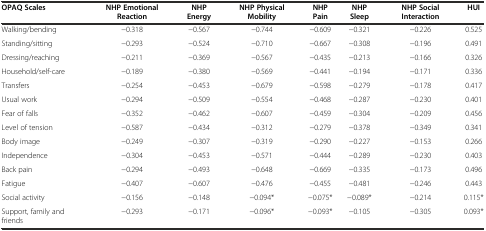
<table><thead><tr><td><b>OPAQ Scales</b></td><td><b>NHP Emotional Reaction</b></td><td><b>NHP Energy</b></td><td><b>NHP Physical Mobility</b></td><td><b>NHP Pain</b></td><td><b>NHP Sleep</b></td><td><b>NHP Social Interaction</b></td><td><b>HUI</b></td></tr></thead><tbody><tr><td>Walking/bending</td><td>−0.318</td><td>−0.567</td><td>−0.744</td><td>−0.609</td><td>−0.321</td><td>−0.226</td><td>0.525</td></tr><tr><td>Standing/sitting</td><td>−0.293</td><td>−0.524</td><td>−0.710</td><td>−0.667</td><td>−0.308</td><td>−0.196</td><td>0.491</td></tr><tr><td>Dressing/reaching</td><td>−0.211</td><td>−0.369</td><td>−0.567</td><td>−0.435</td><td>−0.213</td><td>−0.166</td><td>0.326</td></tr><tr><td>Household/self-care</td><td>−0.189</td><td>−0.380</td><td>−0.569</td><td>−0.441</td><td>−0.194</td><td>−0.171</td><td>0.336</td></tr><tr><td>Transfers</td><td>−0.254</td><td>−0.453</td><td>−0.679</td><td>−0.598</td><td>−0.279</td><td>−0.178</td><td>0.417</td></tr><tr><td>Usual work</td><td>−0.294</td><td>−0.509</td><td>−0.554</td><td>−0.468</td><td>−0.287</td><td>−0.230</td><td>0.401</td></tr><tr><td>Fear of falls</td><td>−0.352</td><td>−0.462</td><td>−0.607</td><td>−0.459</td><td>−0.304</td><td>−0.209</td><td>0.456</td></tr><tr><td>Level of tension</td><td>−0.587</td><td>−0.434</td><td>−0.312</td><td>−0.279</td><td>−0.378</td><td>−0.349</td><td>0.341</td></tr><tr><td>Body image</td><td>−0.249</td><td>−0.307</td><td>−0.319</td><td>−0.290</td><td>−0.227</td><td>−0.153</td><td>0.266</td></tr><tr><td>Independence</td><td>−0.304</td><td>−0.453</td><td>−0.571</td><td>−0.444</td><td>−0.289</td><td>−0.230</td><td>0.403</td></tr><tr><td>Back pain</td><td>−0.294</td><td>−0.493</td><td>−0.648</td><td>−0.669</td><td>−0.335</td><td>−0.173</td><td>0.496</td></tr><tr><td>Fatigue</td><td>−0.407</td><td>−0.607</td><td>−0.476</td><td>−0.455</td><td>−0.481</td><td>−0.246</td><td>0.443</td></tr><tr><td>Social activity</td><td>−0.156</td><td>−0.148</td><td>−0.094*</td><td>−0.075*</td><td>−0.089*</td><td>−0.214</td><td>0.115*</td></tr><tr><td>Support, family and friends</td><td>−0.293</td><td>−0.171</td><td>−0.096*</td><td>−0.093*</td><td>−0.105</td><td>−0.305</td><td>0.093*</td></tr></tbody></table>